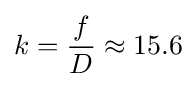
k={\frac {f}{D}}\approx 15.6